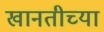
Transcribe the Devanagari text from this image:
खानतीच्या